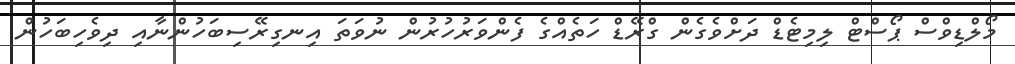
މޯލްޑިވްސް ޕޯސްޓް ލިމިޓެޑް ދަށްވެގެން ގްރޭޑް ހަތެއްގެ ފެންވަރުހުރުން ނުވަތަ އިނގިރޭސިބަހުންނާއި ދިވެހިބަހުން